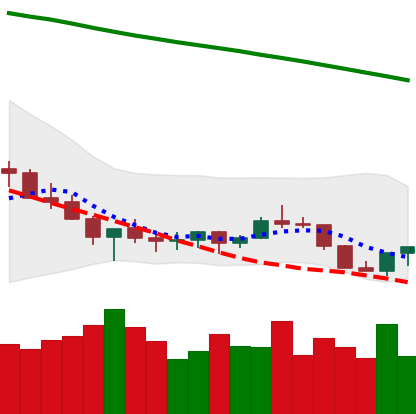
Ticker: XLM-USD
Chart end date: 2022-07-14
Forward return: 10.905%
Label: up_7plus